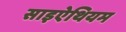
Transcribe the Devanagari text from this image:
साइऐथियम